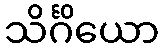
သိင်္ဂိယော